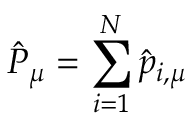
\hat { P } _ { \mu } = \sum _ { i = 1 } ^ { N } \hat { p } _ { i , \mu }